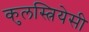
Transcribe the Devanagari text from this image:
कुलस्त्रियेसी